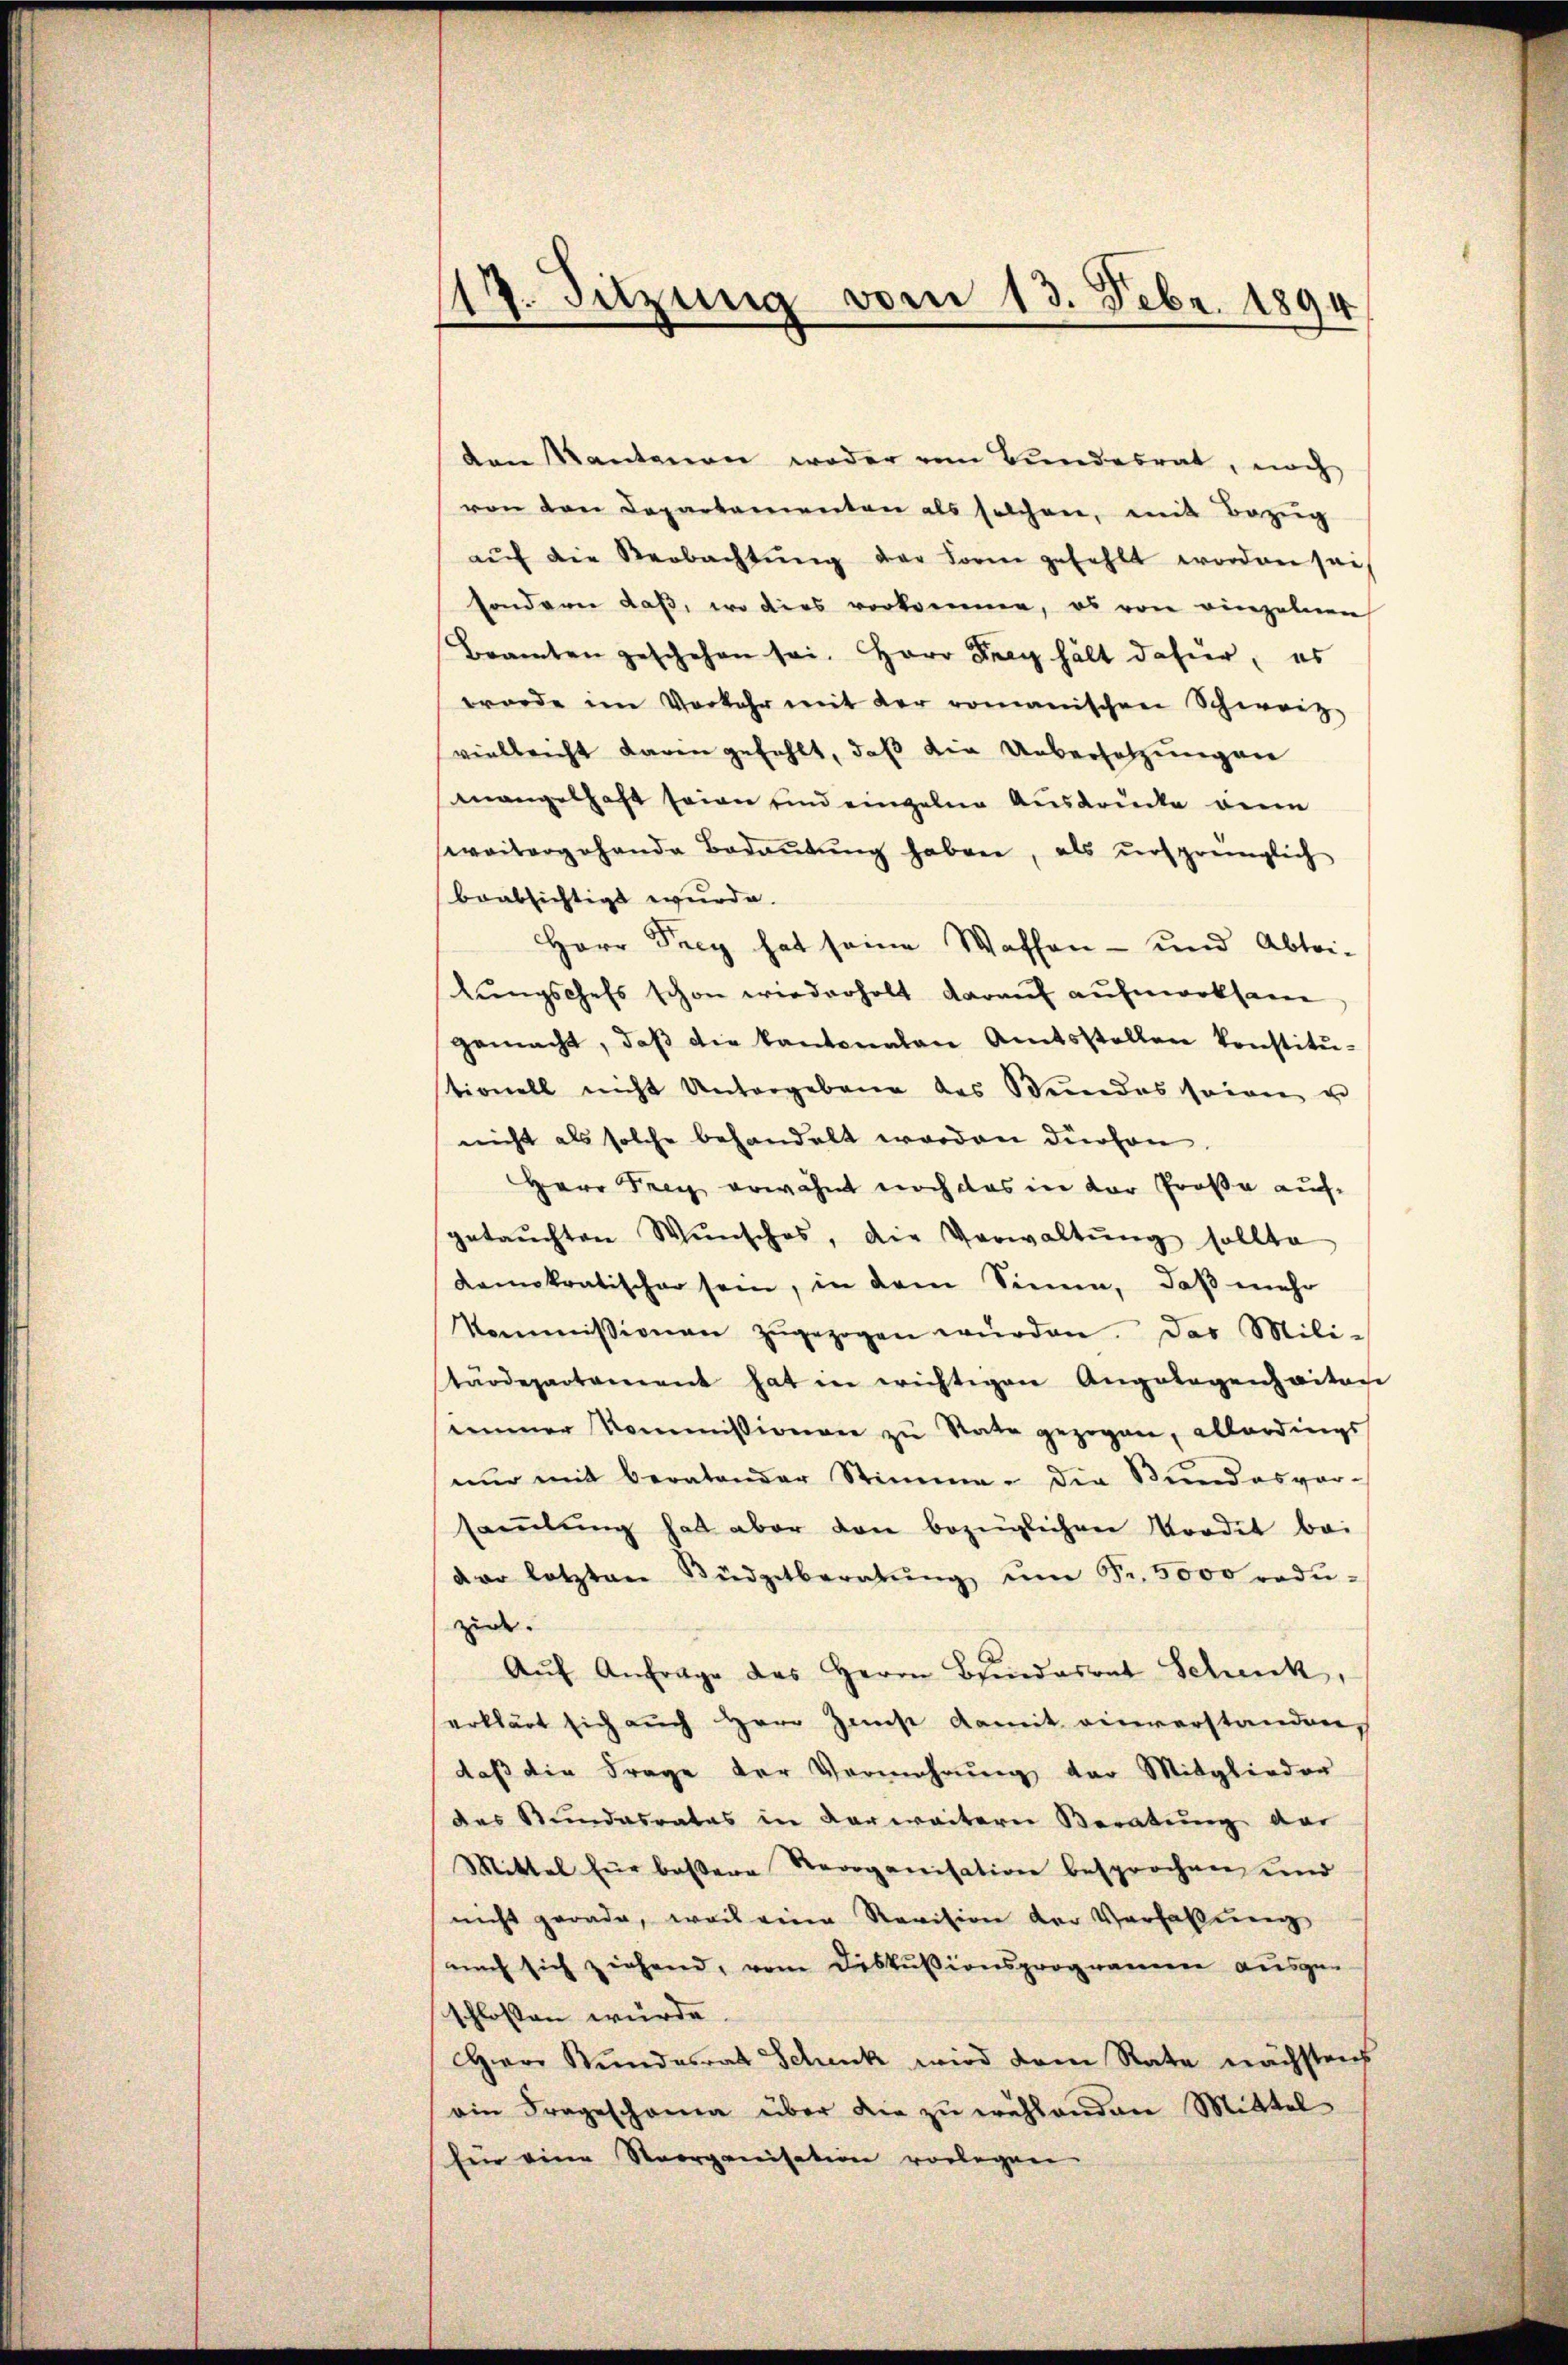
117. Sitzung vom 13. Febr. 1894

den Kantonen weder vom Bundesrat, noch
von den Departementen als solchen, mit Bezŭg
aŭf die Beobachtŭng der Form gefehlt worden sei,
sondern daß, wo dies vorkomme, ob von einzelnen
Bramten geschehen sei. Herr Frag hält dahier, es
worde im Vorkehr mit der romanischen Schweiz
vielleicht darin gefehlt, daß die Uebersetzungen
mangelhaft seien sind einzelne Ausdrücke beein
weitergehande Bedaŭtŭng haben, als ursprünglich
beabsichtigt wurde.
Herr Frey hat seine Waffen- und Abtei-
lŭngschefs schon wiederholt darauf aufmerksam
gemacht, daβ die Kantonalen Amtsstellen konstitu-
tionell nicht Untergebene des Bundes seien u
nicht als solche behandelt worden dürfen.
Herr Frey erwähnt noch das in der Große auf
getauchten Wŭnsches, die Verwaltŭng sollte
Kamokratischer sein, in dem Sinen, daß mehr
kommissionen zŭgezogen würden. Das Mili-
tärdepartament hat in wichtigen Angelegenheiten
immer Kommissionen zu Rate gezogen, allerdings
nŭr mit beratender Stimme. Die Stŭndesver-
saṁlŭng hat aber den bezüglichen Prodet bei
dar letzten Büdgetberatŭng ŭm Fr. 5000 redŭ-
zie. |
Aŭf Anfrage des Herrn Bundesrat Schick,
erklärt sich aŭch Herr Zinst damit einverstanden,
daß die Frage der Vermehrung der Mitglieder
des Stundesrates in verweitern Beratung der
Mittel für beßere Reorganisation besprochen und
nicht gerade, weis viene Revision der Verhaltung
nach sich ziehend, vom Diskußionsprogrammen ausgeschlossen würde.
Herr Stundesrat Schenk wird dem Rate nächstens
ain Frageschama über die zu wählenden Mittel
für eine Reorganisation vorlegen.